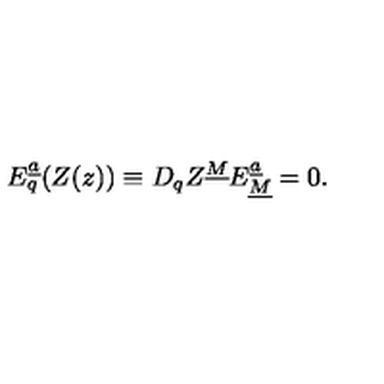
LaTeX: { E } _ { q } ^ { \underline { a } } ( Z ( z ) ) \equiv D _ { q } Z ^ { \underline { M } } E _ { \underline { M } } ^ { \underline { a } } = 0 .